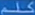
كلد